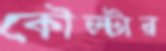
কৌল্টার